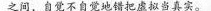
之间，自觉不自觉地错把虚拟当真实。